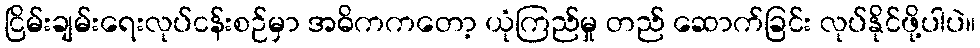
ငြိမ်းချမ်းရေးလုပ်ငန်းစဉ်မှာ အဓိကကတော့ ယုံကြည်မှု တည် ဆောက်ခြင်း လုပ်နိုင်ဖို့ပါပဲ။